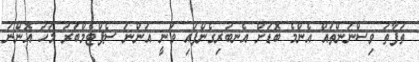
ތަފާތު ވިސްނުންތައް އެންމެ ބޮޑަށް އެނބުރިގެންފައި ވަނީ އަންނަ ސެޕްޓެމްބަރު މަހު އޮންނަ